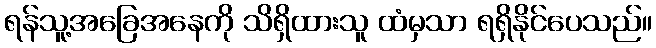
ရန်သူ့အခြေအနေကို သိရှိထားသူ ထံမှသာ ရရှိနိုင်ပေသည်။